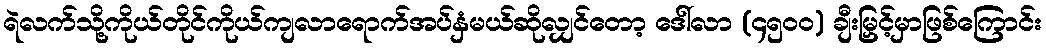
ရဲလက်သို့ကိုယ်တိုင်ကိုယ်ကျလာရောက်အပ်နှံမယ်ဆိုလျှင်တော့ ဒေါ်လာ (၄၅၀၀) ချီးမြှင့်မှာဖြစ်ကြောင်း